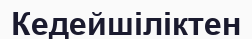
Кедейшіліктен